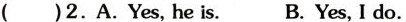
( ) 2.A.Yes, he is. B. Yes, I do.